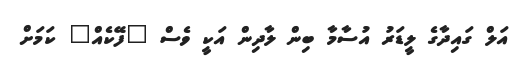
އަލް ގައިދާގެ ލީޑަރު އުސާމާ ބިން ލާދިން އަކީ ވެސް "ފޭކެއް" ކަމަށް